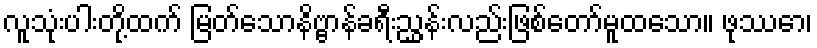
လူသုံးပါးတို့ထက် မြတ်သောနိဗ္ဗာန်ခရီးညွှန်းလည်းဖြစ်တော်မူထသော။ ဖုဿော၊